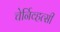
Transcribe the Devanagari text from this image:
चेर्निव्हत्सी